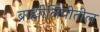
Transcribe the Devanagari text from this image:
ब्राह्मीलिपीतील